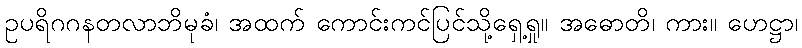
ဥပရိဂဂနတလာဘိမုခံ၊ အထက် ကောင်းကင်ပြင်သို့ရှေ့ရှု။ အဓောတိ၊ ကား။ ဟေဋ္ဌာ၊